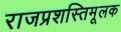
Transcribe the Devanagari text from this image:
राजप्रशस्तिमूलक